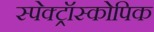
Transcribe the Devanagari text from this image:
स्पेक्ट्रॉस्कोपिक